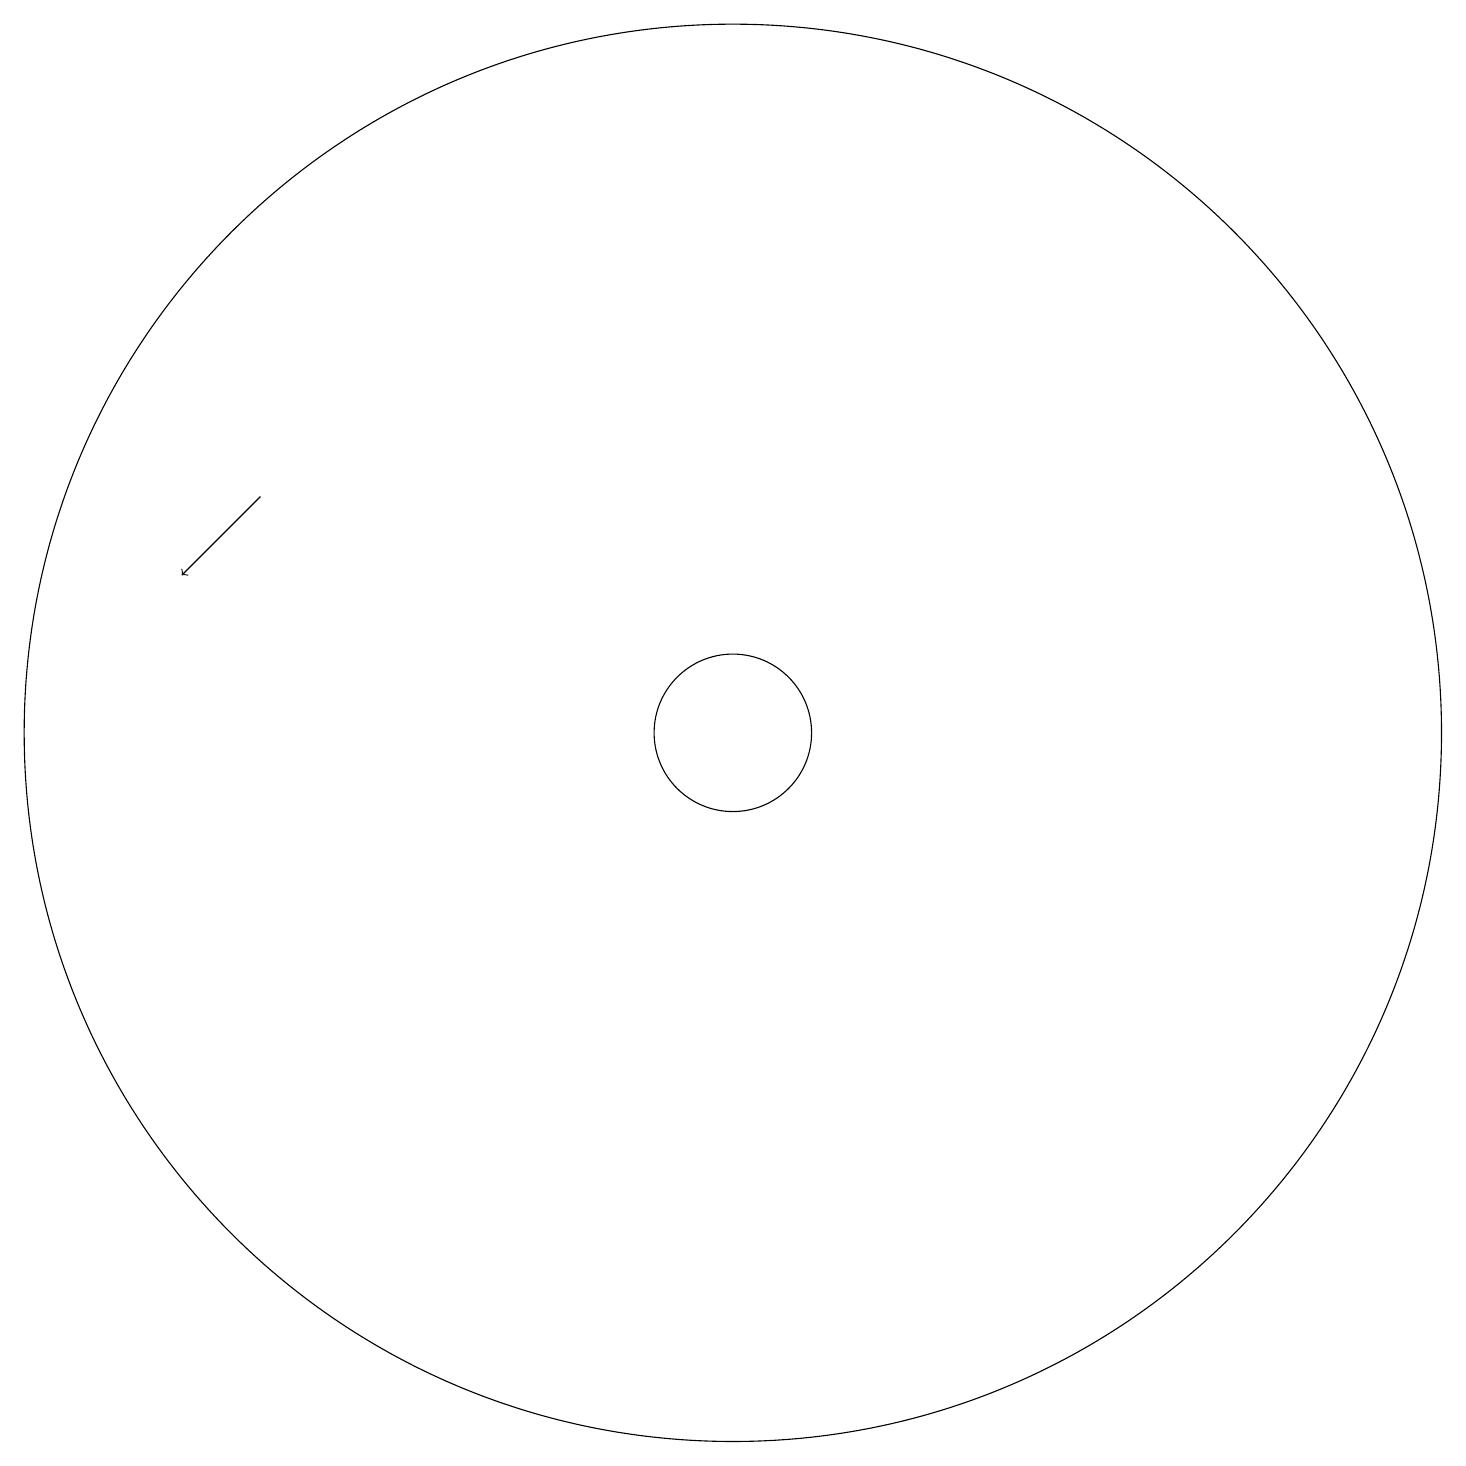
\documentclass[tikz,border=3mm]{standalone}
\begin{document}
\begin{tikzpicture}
\draw[->] (6,14) -- (5,13);
\draw (12,11) circle (1);
\draw (12,11) circle (9);
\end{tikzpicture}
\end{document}